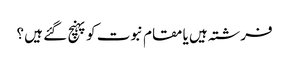
فرشتہ ہیں یا مقام نبوت کو پہنچ گئے ہیں ؟